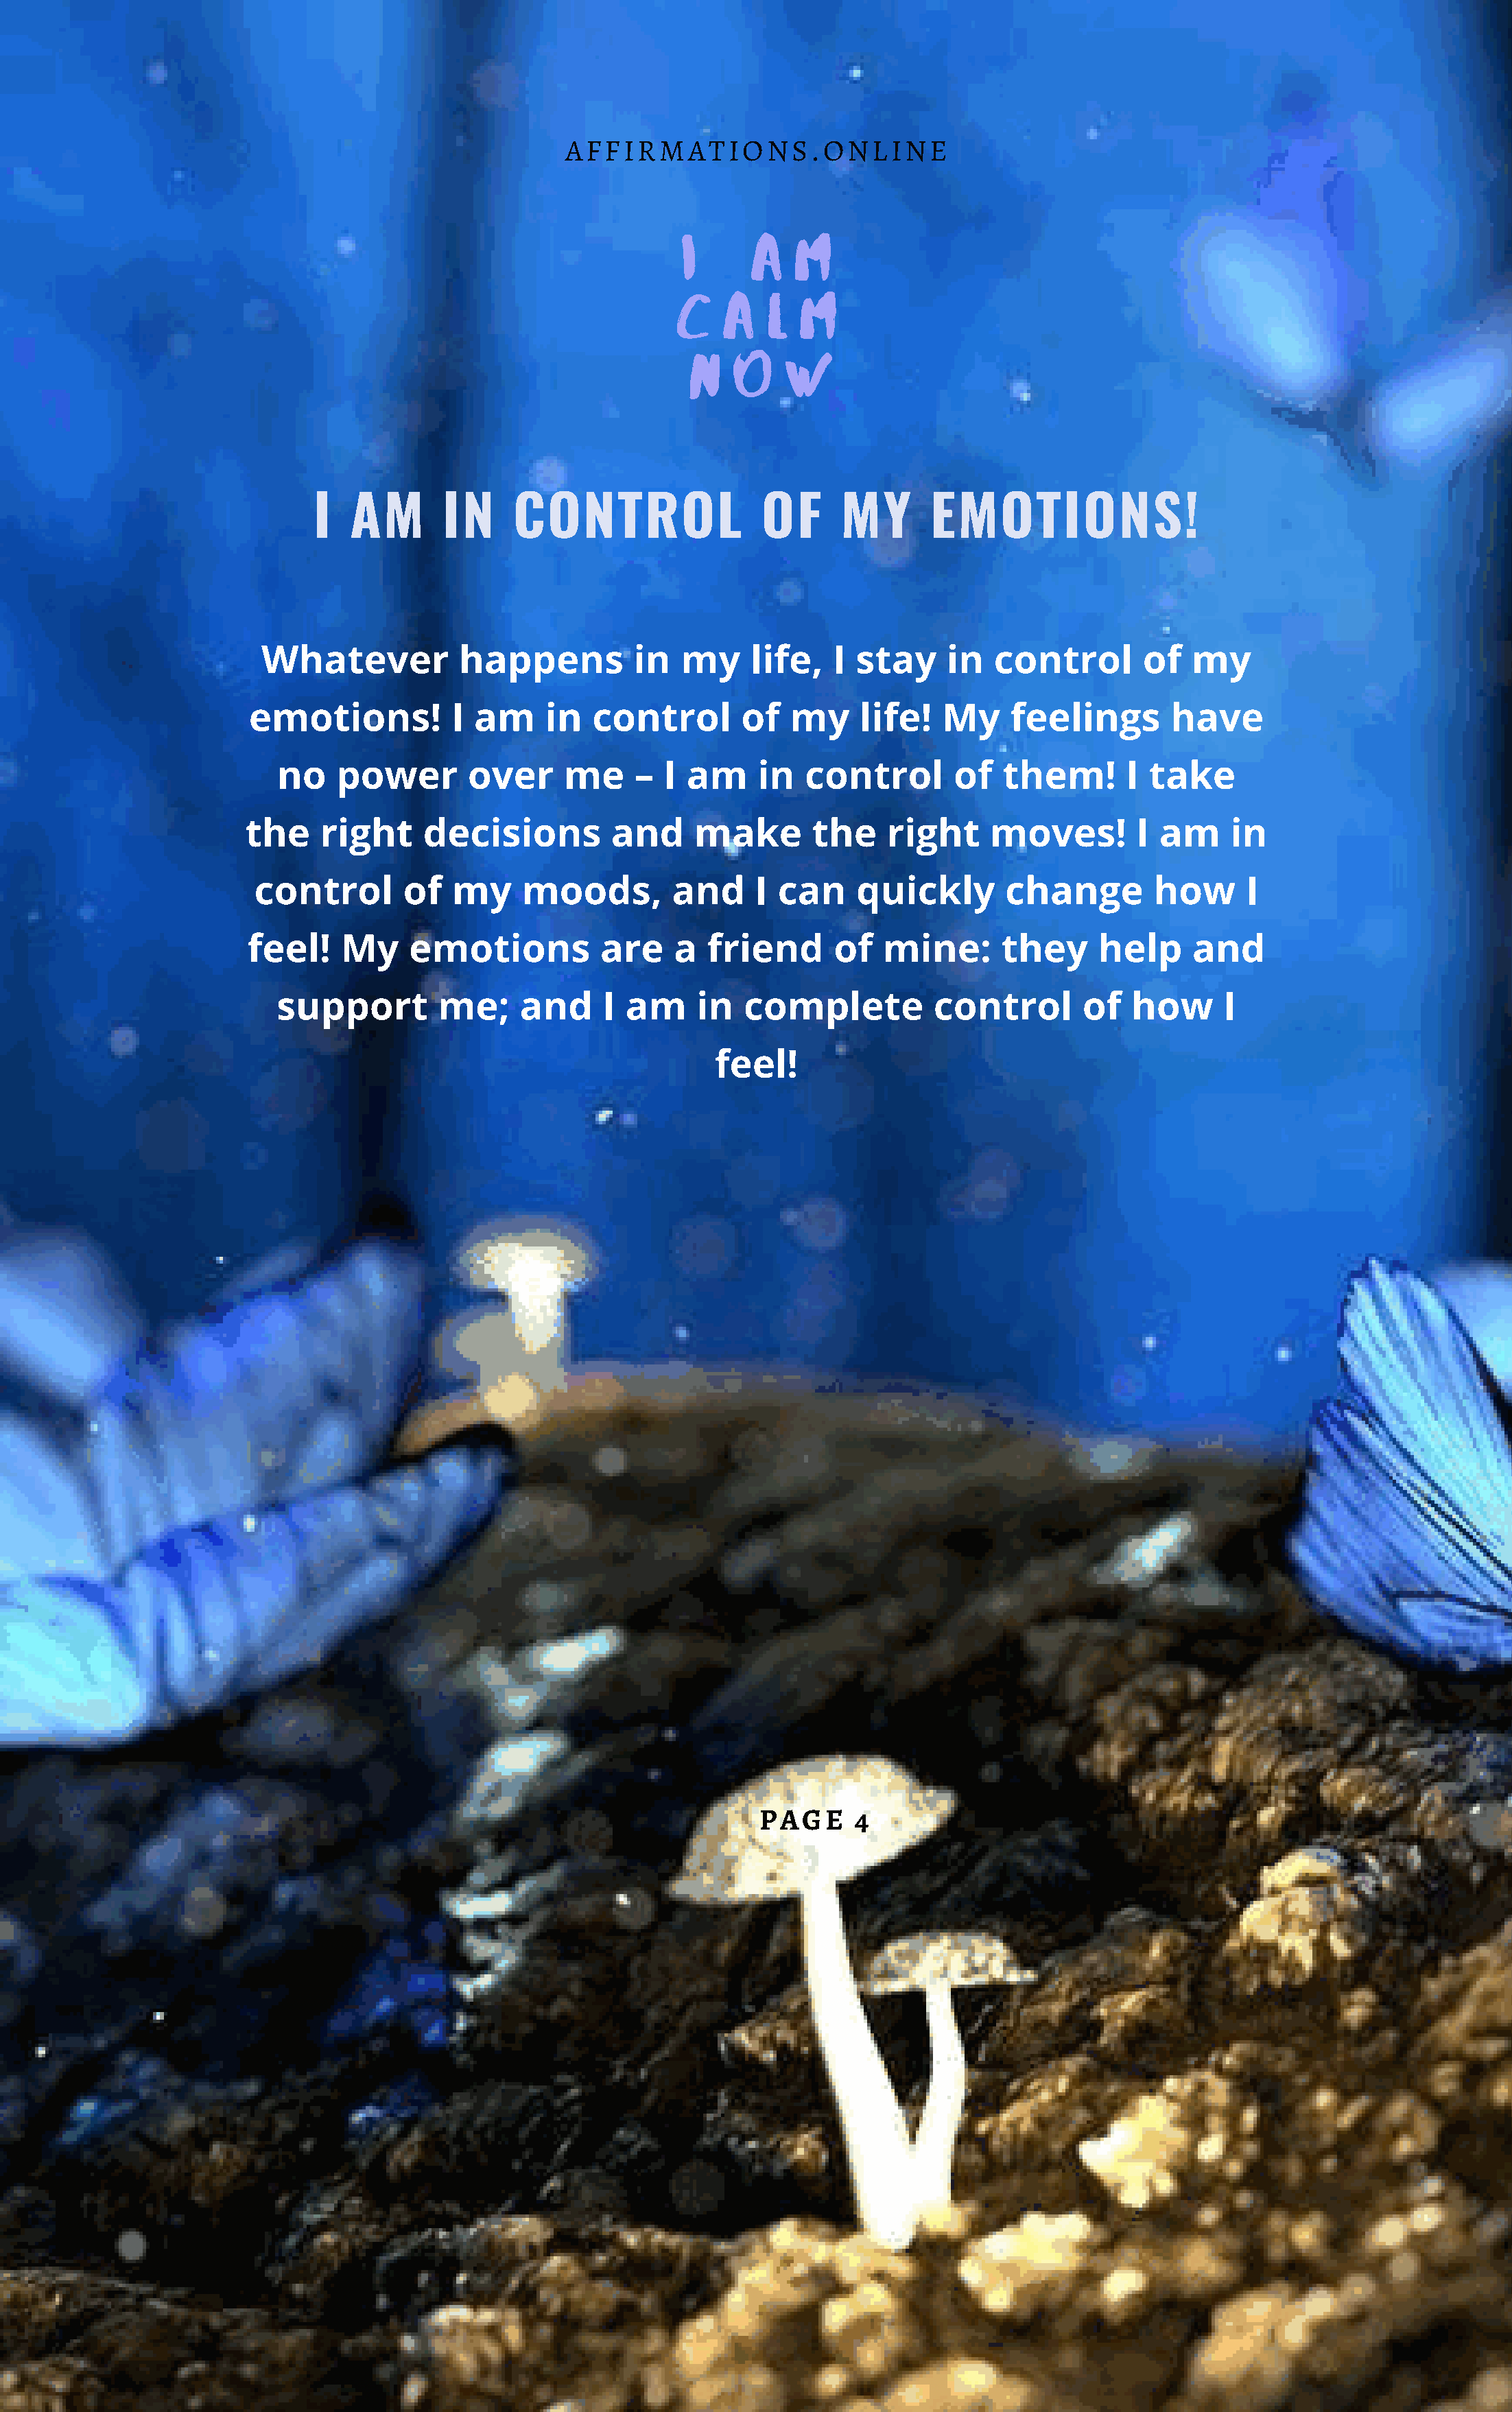
AFFIRMATIONS.ONLINE
 I     A    M
 C    A   L  M
 N    O    W
 I   AM       IN     CONTROL                OF      MY       EMOTIONS!
 Whatever           happens          in   my    life,   I  stay    in   control       of   my
 emotions!           I am     in  control       of   my     life!   My    feelings        have
 no   power        over     me     –  I am     in   control       of   them!       I take
 the    right     decisions         and     make       the     right    moves!         I am     in
 control       of   my    moods,         and     I can     quickly       change        how      I
 feel!    My    emotions           are    a  friend      of   mine:       they     help     and
 support        me;     and     I am     in   complete          control       of   how      I
 feel!
 PAGE     4